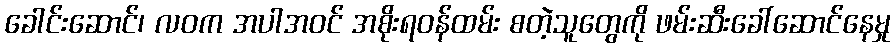
ခေါင်းဆောင်၊ လဝက အပါအဝင် အစိုးရဝန်ထမ်း စတဲ့သူတွေကို ဖမ်းဆီးခေါ်ဆောင်နေမှု